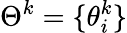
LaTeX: \Theta^{k}=\{ \theta_{i}^{k}\}